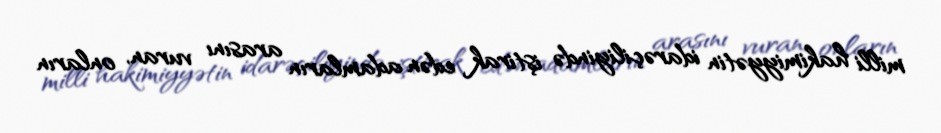
milli hakimiyyətin idarəçiliyində iştirak edən adamların arasını vuran, onların